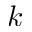
k